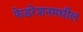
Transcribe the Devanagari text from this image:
फेडरेशनमधील